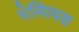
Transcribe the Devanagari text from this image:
थेस्पियस